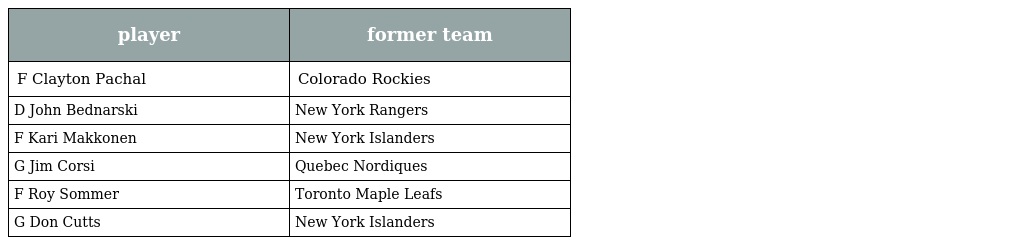
| player | former team |
 | --- | --- |
 | F Clayton Pachal | Colorado Rockies |
 | D John Bednarski | New York Rangers |
 | F Kari Makkonen | New York Islanders |
 | G Jim Corsi | Quebec Nordiques |
 | F Roy Sommer | Toronto Maple Leafs |
 | G Don Cutts | New York Islanders |